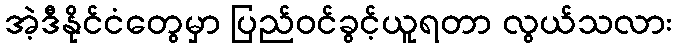
အဲ့ဒီနိုင်ငံတွေမှာ ပြည်ဝင်ခွင့်ယူရတာ လွယ်သလား